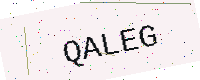
Text: QALEG